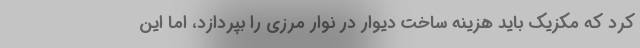
کرد که مکزیک باید هزینه ساخت دیوار در نوار مرزی را بپردازد، اما این